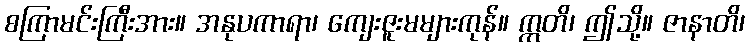
စကြာမင်းကြီးအား။ အနုပကာရာ၊ ကျေးဇူးမများကုန်။ ဣတိ၊ ဤသို့။ ဇာနာတိ၊